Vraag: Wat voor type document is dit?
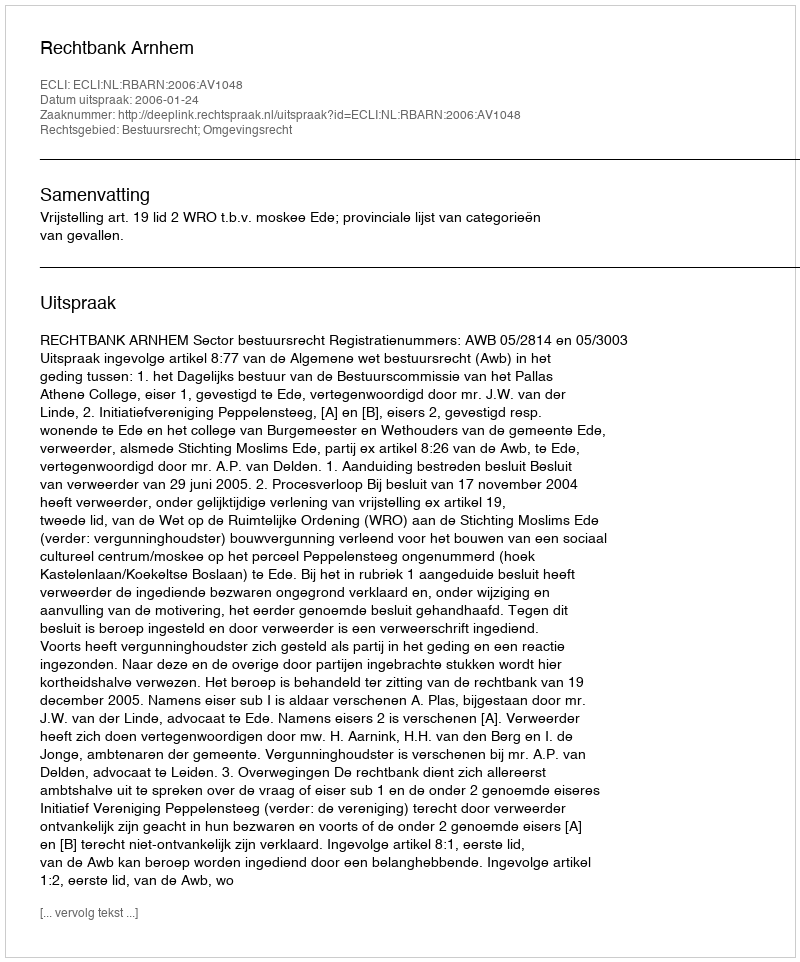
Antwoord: Uitspraak